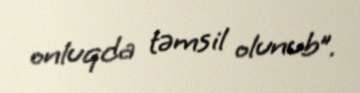
onluqda təmsil olunub”.